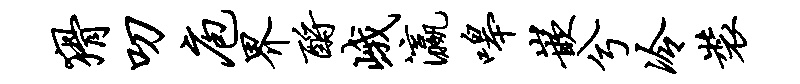
猾叨庖界酹峨瀛嗥嵌兮冷装